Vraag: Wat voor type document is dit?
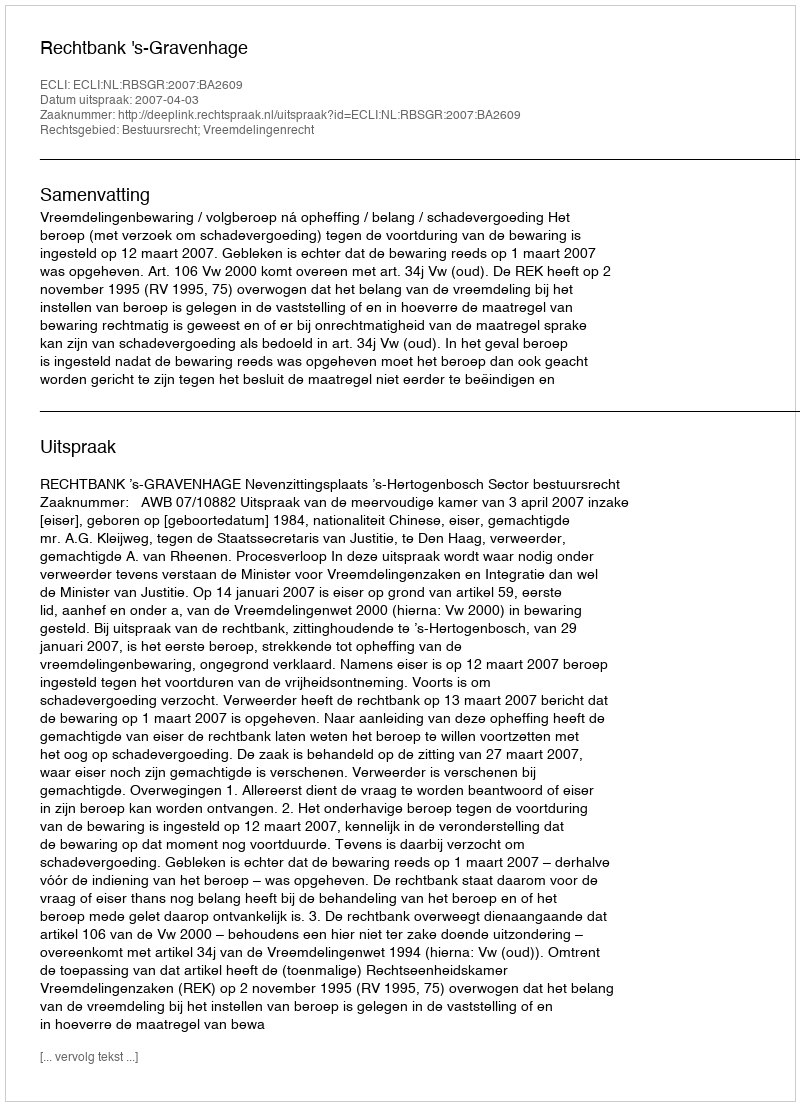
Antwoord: Uitspraak